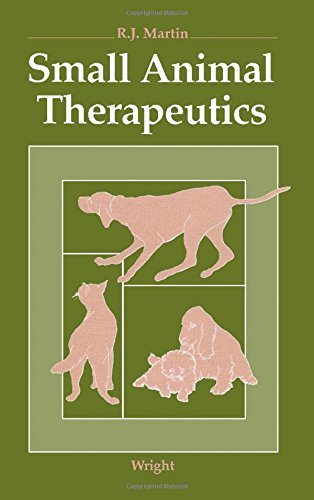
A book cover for Small Animal Therapeutics; R. J. Martin Jr.; Medical Books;